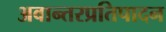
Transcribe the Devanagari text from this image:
अवान्तरप्रतिपादन